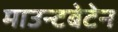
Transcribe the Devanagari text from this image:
माउन्टबेटेन